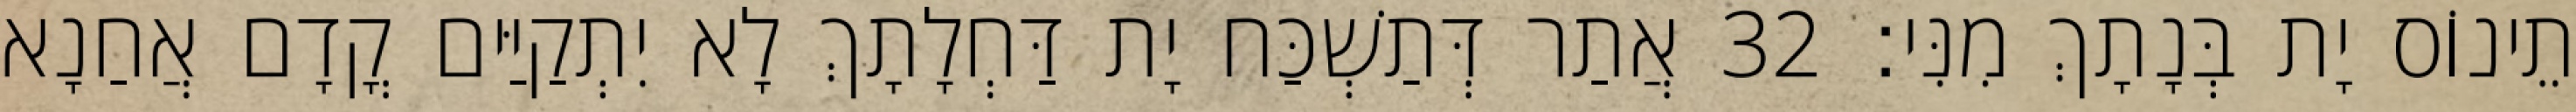
תֵינוֹס יָת בְּנָתָךְ מִנִּי׃ 32 אֲתַר דְּתַשְׁכַּח יָת דַּחְלָתָךְ לָא יִתְקַיַּים קֳדָם אֲחַנָא